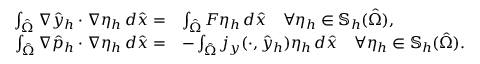
\begin{array} { r l } { \int _ { \hat { \Omega } } \nabla \hat { y } _ { h } \cdot \nabla \eta _ { h } \, d \hat { x } = } & { \int _ { \hat { \Omega } } F \eta _ { h } \, d \hat { x } \quad \forall \eta _ { h } \in \mathbb { S } _ { h } ( \hat { \Omega } ) , } \\ { \int _ { \hat { \Omega } } \nabla \hat { p } _ { h } \cdot \nabla \eta _ { h } \, d \hat { x } = } & { - \int _ { \hat { \Omega } } j _ { y } ( \cdot , \hat { y } _ { h } ) \eta _ { h } \, d \hat { x } \quad \forall \eta _ { h } \in \mathbb { S } _ { h } ( \hat { \Omega } ) . } \end{array}